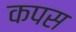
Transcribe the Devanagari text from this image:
कपस